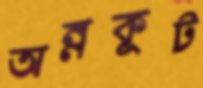
অন্নকূট